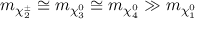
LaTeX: m _ { \chi _ { 2 } ^ { \pm } } \cong m _ { \chi _ { 3 } ^ { 0 } } \cong m _ { \chi _ { 4 } ^ { 0 } } \gg m _ { \chi _ { 1 } ^ { 0 } }